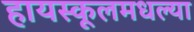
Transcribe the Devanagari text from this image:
हायस्कूलमधल्या